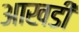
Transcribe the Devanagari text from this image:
आखडी